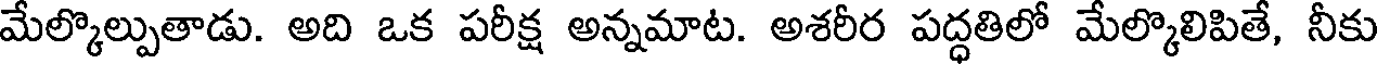
మేల్కొల్పుతాడు. అది ఒక పరీక్ష అన్నమాట. అశరీర పద్ధతిలో మేల్కొలిపితే, నీకు